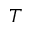
T